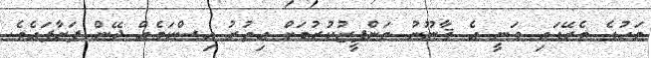
މަހުގެ ތެރޭގައި ވަނީ އެ ޤާނޫނު ތަންފީޒުކުރުމަށް އިތުރު އިސްކަމެއް ދޭން ފަށާފައެވެ.